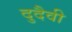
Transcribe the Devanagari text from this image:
दुदैवी